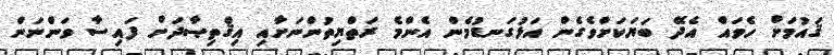
ޤައުމަށް ހެވައް އެދޭ ބަޔަކަށްވެގެން އަޅުގަނޑުމެން އެންމެ ރަތްޔިތުންނަށާއި އިޤްތިޞާދަށް ފައިސާ ވަންނަން